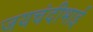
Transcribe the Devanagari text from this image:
जयचंदीभाई